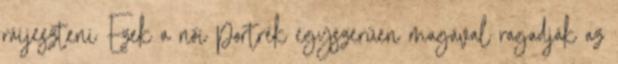
ráijeszteni Ezek a női portrék egyszerűen magával ragadják az